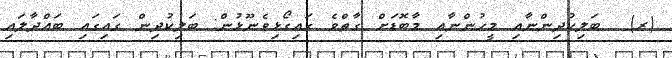
(ރ)  ބަލިކުދިންނާއި މީހުންނާއި މާބޮޑަށް ގާތްވެ ގައިގޯޅިވެނޫޅުން: ބަލިކުދިން ގައިގައި ބައްދާލައި